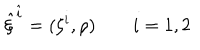
{ \hat { \xi } } ^ { \hat { i } } = ( \xi ^ { i } , \rho ) \qquad i = 1 , 2